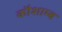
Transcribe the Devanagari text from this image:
कौशाम्ब